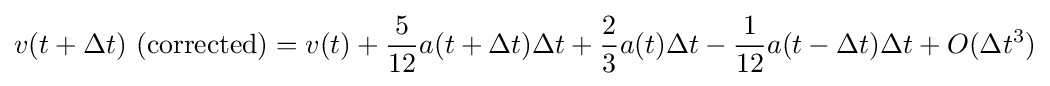
v(t+\Delta t)~{\text{(corrected)}}=v(t)+{\frac {5}{12}}a(t+\Delta t)\Delta t+{\frac {2}{3}}a(t)\Delta t-{\frac {1}{12}}a(t-\Delta t)\Delta t+O(\Delta t^{3})